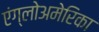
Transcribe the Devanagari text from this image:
एंग्लोअमेरिका